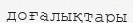
доғалықтары